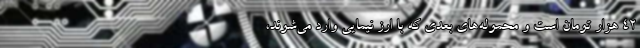
۴۲ هزار تومان است و محموله‌های بعدی که با ارز نیمایی وارد می‌شوند،